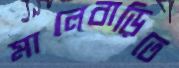
মালেবাড়িতে